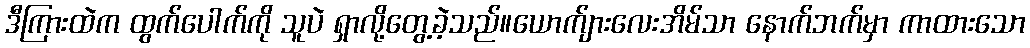
ဒီကြားထဲက ထွက်ပေါက်ကို သူပဲ ရှာလို့တွေ့ခဲ့သည်။ယောက်ျားလေးအိမ်သာ နောက်ဘက်မှာ ကာထားသော